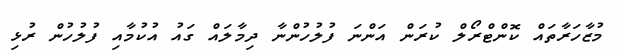
މުޒާހަރާތައް ކޮންޓްރޯލް ކުރަން އަންނަ ފުލުހުންނާ ދިމާލައް ގައު އުކުމާއި ފުލުހުން ރުޅި